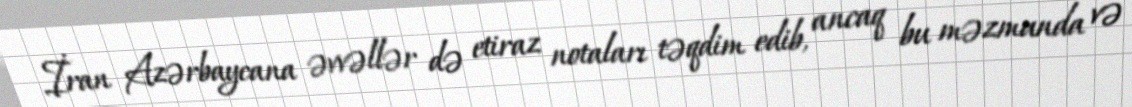
İran Azərbaycana əvvəllər də etiraz notaları təqdim edib, ancaq bu məzmunda və